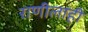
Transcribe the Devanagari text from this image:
राणीलाही